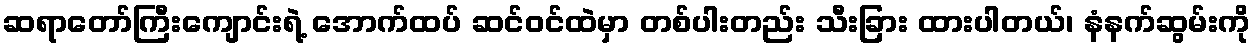
ဆရာတော်ကြီးကျောင်းရဲ့ အောက်ထပ် ဆင်ဝင်ထဲမှာ တစ်ပါးတည်း သီးခြား ထားပါတယ်၊ နံနက်ဆွမ်းကို